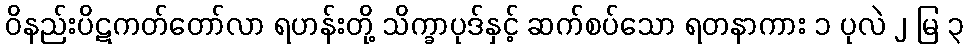
ဝိနည်းပိဋကတ်တော်လာ ရဟန်းတို့ သိက္ခာပုဒ်နှင့် ဆက်စပ်သော ရတနာကား ၁ ပုလဲ ၂ မြ ၃